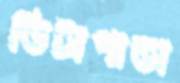
ভিটাপাতা